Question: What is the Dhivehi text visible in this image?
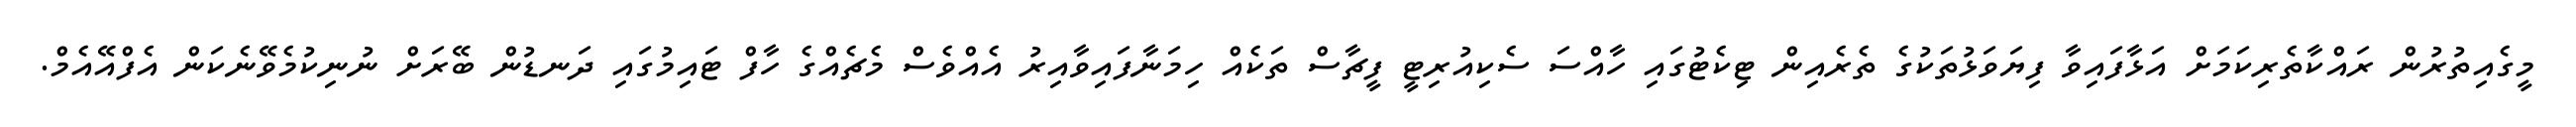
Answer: މީގެއިތުރުން ރައްކާތެރިކަމަށް އަޅާފައިވާ ފިޔަވަޅުތަކުގެ ތެރެއިން ޓިކެޓުގައި ހާއްސަ ސެކިއުރިޓީ ފީޗާސް ތަކެއް ހިމަނާފައިވާއިރު އެއްވެސް މެޗެއްގެ ހާފް ޓައިމުގައި ދަނޑުން ބޭރަށް ނުނިކުމެވޭނެކަން އެފްއޭއެމް.